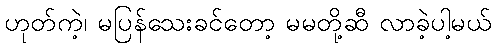
ဟုတ်ကဲ့၊ မပြန်သေးခင်တော့ မမတို့ဆီ လာခဲ့ပါ့မယ်